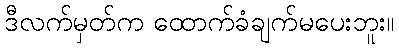
ဒီလက်မှတ်က ထောက်ခံချက်မပေးဘူး။